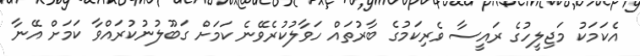
އެކަމަކު މަޖިލީހުގެ ރައީސާ ވެރިކަމުގެ ބާރުތައް ހަވާލުކުރެވޭނެ ކަމަށް ގަބޫލުނުކުރައްވާ ކަމަށް އޭނާ